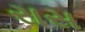
રાસ